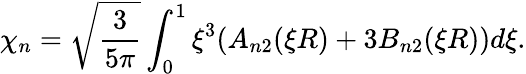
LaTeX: \chi_{n}=\sqrt{\frac{3}{5\pi}}\int_{0}^{1}\xi^{3}(A_{n2}(\xi R)+3B_{n2}(\xi R))d\xi.